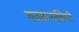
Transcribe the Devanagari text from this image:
राजकन्यांविषयी